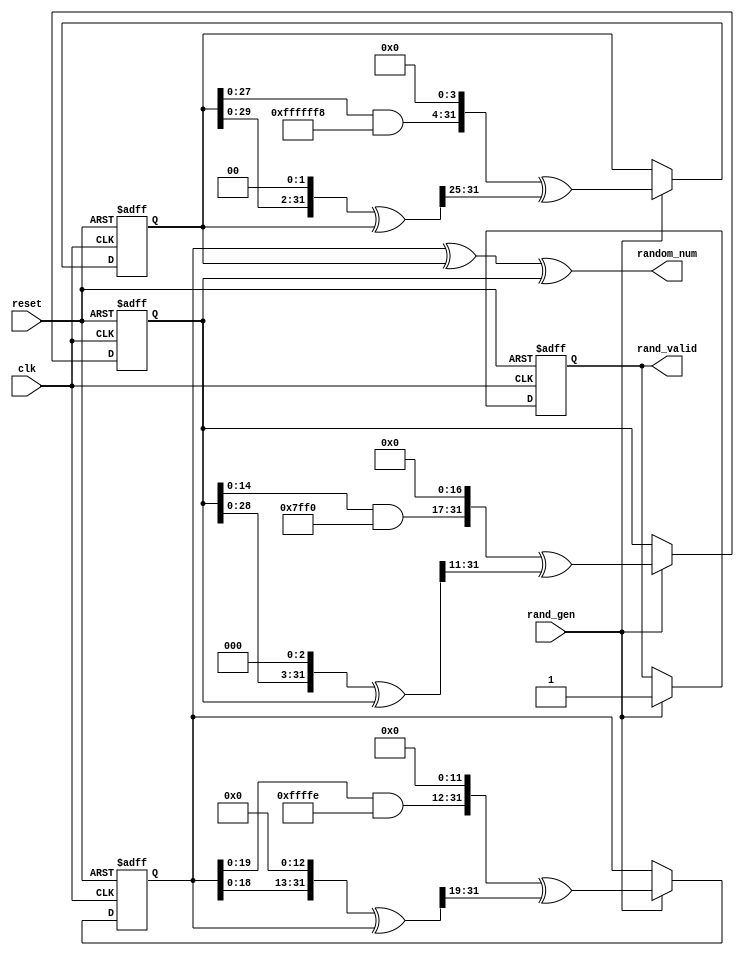
//------------------------------------------------------------------------------
// This unit generates normally distributed random numbers 
// takes 3 seeds as arguments
// taus_gen.v
//
//------------------------------------------------------------------------------


`timescale 1 ns / 1 ps


module taus_gen (
  input clk,
  input reset,
  input rand_gen,
//  input [31:0] seed0,
//  input [31:0] seed1,
//  input [31:0] seed2,
  output [31:0] random_num,
  output reg rand_valid
);

parameter seed0 = 32'hffffffff;
parameter seed1 = 32'hcccccccc;
parameter seed2 = 32'h00ff00ff;

wire [31:0] b0,b1,b2;
wire [31:0] next_s0,next_s1,next_s2;
reg [31:0] s0,s1,s2;

assign b0      = (((s0 << 13) ^ s0) >> 19);
assign next_s0 = (((s0 & 32'hfffffffe) << 12) ^ b0);
assign b1      = (((s1 << 2 ) ^ s1) >> 25);
assign next_s1 = (((s1 & 32'hfffffff8) << 4 ) ^ b1);
assign b2      = (((s2 << 3 ) ^ s2) >> 11);
assign next_s2 = (((s2 & 32'hfffffff0) << 17) ^ b2);

assign random_num = s0 ^ s1 ^ s2;

always @(posedge clk or posedge reset)
    if(reset) begin
       s0 <= seed0;
       s1 <= seed1;
       s2 <= seed2;
       rand_valid <=1'b0;
     end else begin
       if(rand_gen) begin      
        s0 <= next_s0;
        s1 <= next_s1;
        s2 <= next_s2;
        rand_valid <= 1'b1;
      end
     end
endmodule